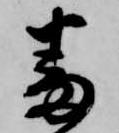
番